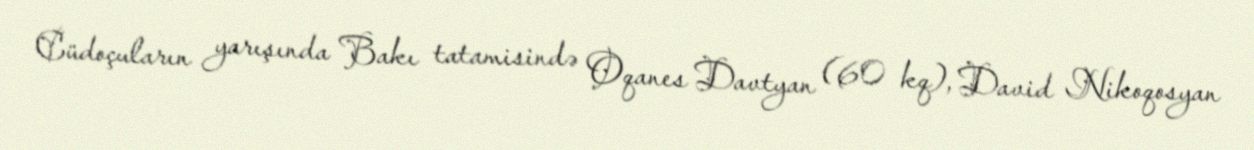
Cüdoçuların yarışında Bakı tatamisində Oqanes Davtyan (60 kq), David Nikoqosyan